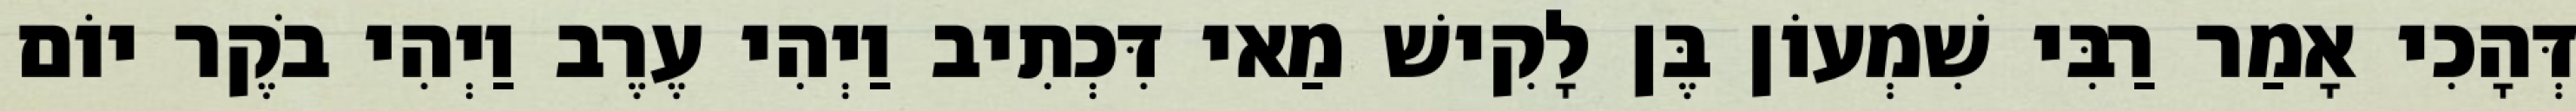
דְּהָכִי אָמַר רַבִּי שִׁמְעוֹן בֶּן לָקִישׁ מַאי דִּכְתִיב וַיְהִי עֶרֶב וַיְהִי בֹקֶר יוֹם